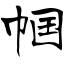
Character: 帼